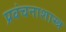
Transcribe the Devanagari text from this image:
प्रवंचनाशास्त्र